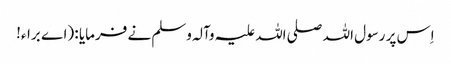
اِس پر رسول اللہ صلی اللہ علیہ وآلہ وسلم نے فرمایا : (اے براء!